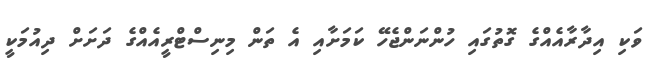
ވަކި އިދާރާއެއްގެ ގޮތުގައި ހުންނަންޖެހޭ ކަމަށާއި އެ ތަން މިނިސްޓްރީއެއްގެ ދަށަށް ދިއުމަކީ